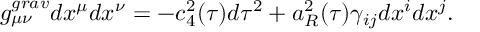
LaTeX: g _ { \mu \nu } ^ { g r a v } d x ^ { \mu } d x ^ { \nu } = - c _ { 4 } ^ { 2 } ( \tau ) d \tau ^ { 2 } + a _ { R } ^ { 2 } ( \tau ) \gamma _ { i j } d x ^ { i } d x ^ { j } .